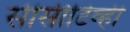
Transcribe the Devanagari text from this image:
सीसीटिव्ही